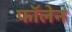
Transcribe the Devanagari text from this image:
फॉलेन